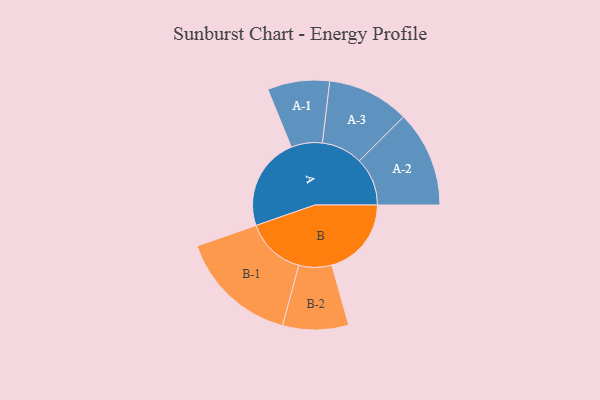
{"axis": {"x": "Segment", "y": "Value"}, "legend": ["", "A", "B"], "data": [{"x": "A", "y": 399, "type": ""}, {"x": "B", "y": 341, "type": ""}, {"x": "A-1", "y": 133, "type": "A"}, {"x": "A-2", "y": 206, "type": "A"}, {"x": "A-3", "y": 176, "type": "A"}, {"x": "B-1", "y": 256, "type": "B"}, {"x": "B-2", "y": 141, "type": "B"}]}